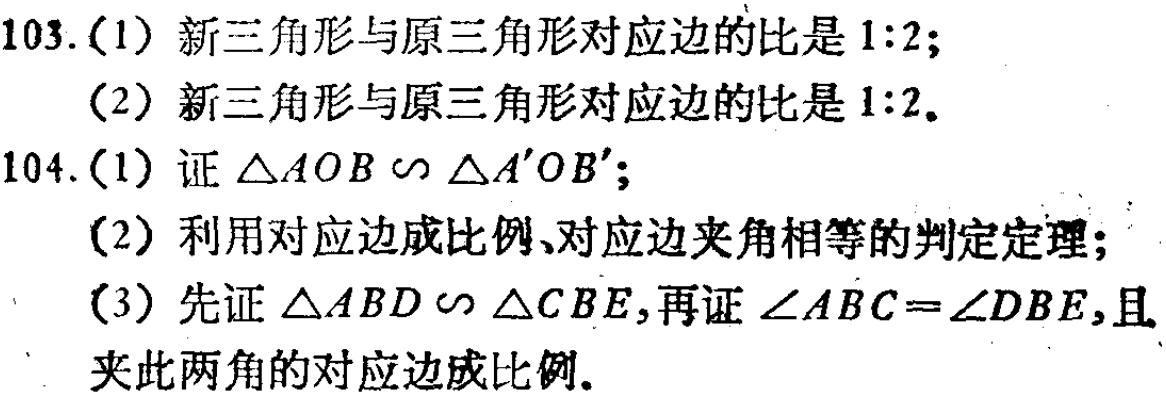
103.(1) 新三角形与原三角形对应边的比是 \(1:2\);

(2) 新三角形与原三角形对应边的比是 \(1:2\).

104.(1) 证 \(\triangle AOB\sim\triangle A'OB'\);

(2) 利用对应边成比例、对应边夹角相等的判定定理;

(3) 先证 \(\triangle ABD\sim\triangle CBE\),再证 \(\angle ABC = \angle DBE\),且夹此两角的对应边成比例.